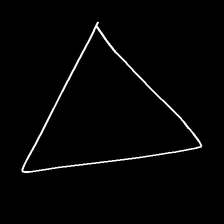
Glyph: convergence